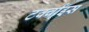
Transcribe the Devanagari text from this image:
टर्क्वाइस